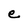
Character: e